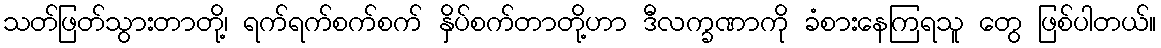
သတ်ဖြတ်သွားတာတို့၊ ရက်ရက်စက်စက် နှိပ်စက်တာတို့ဟာ ဒီလက္ခဏာကို ခံစားနေကြရသူ တွေ ဖြစ်ပါတယ်။